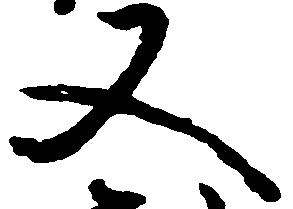
又